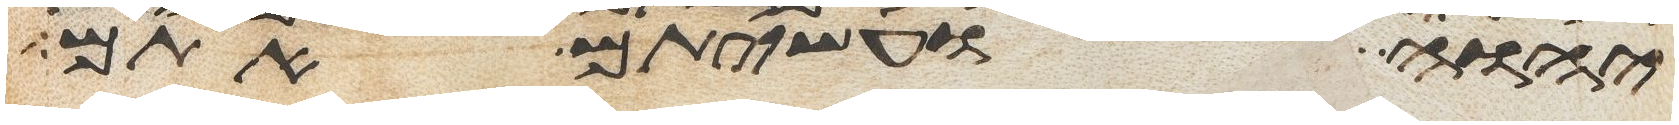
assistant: יהוה ועשיתם אתם